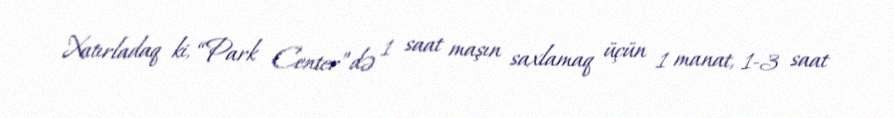
Xatırladaq ki, “Park Center”də 1 saat maşın saxlamaq üçün 1 manat, 1-3 saat